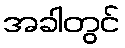
အခါတွင်